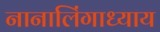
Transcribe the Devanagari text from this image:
नानालिंगाध्याय